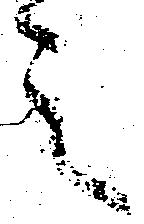
之